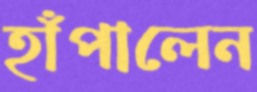
হাঁপালেন